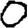
Digit: 0